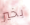
بخير